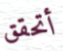
أتحقق